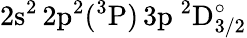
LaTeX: \mathrm{2s^{2}\, 2p^{2}(^{3}P)\, 3p~^{2}D_{3/2}^{\circ}}